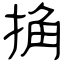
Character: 捔